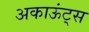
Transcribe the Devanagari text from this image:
अकाऊंट्‌स